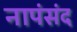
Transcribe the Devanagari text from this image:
नापंसंद